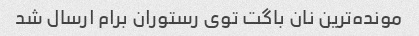
مونده‌ترین نان باگت توی رستوران برام ارسال شد